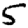
Digit: 5